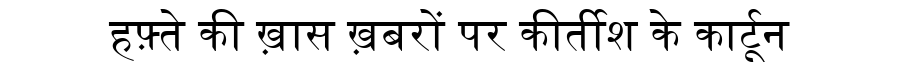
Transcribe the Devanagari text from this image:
हफ़्ते की ख़ास ख़बरों पर कीर्तीश के कार्टून